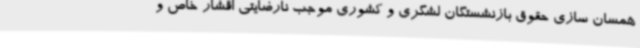
همسان سازی حقوق بازنشستگان لشگری و کشوری موجب نارضایتی اقشار خاص و